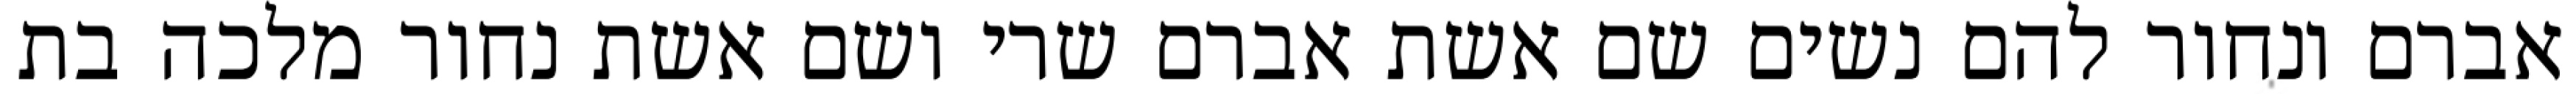
אברם ונחור להם נשים שם אשת אברם שרי ושם אשת נחור מלכה בת